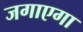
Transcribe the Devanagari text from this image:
जगाएगा